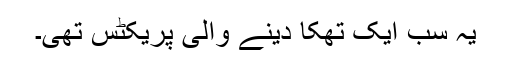
یہ سب ایک تھکا دینے والی پریکٹس تھی۔